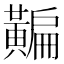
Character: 𪏗